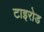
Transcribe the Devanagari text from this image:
टाइरोड